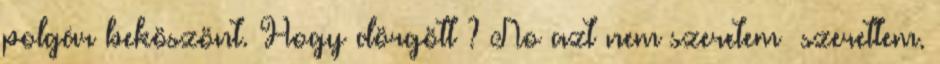
polgár beköszönt. Hogy dörgött ? No azt nem szeretem szerettem.